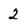
Character: 2